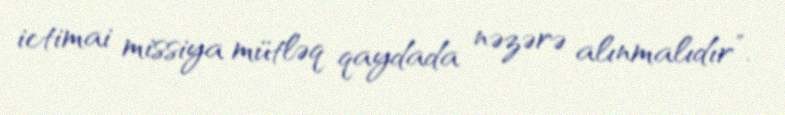
ictimai missiya mütləq qaydada nəzərə alınmalıdır”.